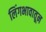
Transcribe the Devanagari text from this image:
लिंगभावातून